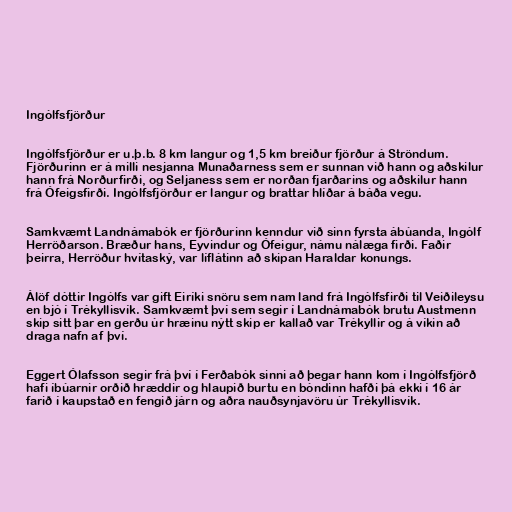
Ingólfsfjörður

Ingólfsfjörður er u.þ.b. 8 km langur og 1,5 km breiður fjörður á Ströndum.
Fjörðurinn er á milli nesjanna Munaðarness sem er sunnan við hann og aðskilur
hann frá Norðurfirði, og Seljaness sem er norðan fjarðarins og aðskilur hann
frá Ófeigsfirði. Ingólfsfjörður er langur og brattar hlíðar á báða vegu.

Samkvæmt Landnámabók er fjörðurinn kenndur við sinn fyrsta ábúanda, Ingólf
Herröðarson. Bræður hans, Eyvindur og Ófeigur, námu nálæga firði. Faðir
þeirra, Herröður hvítaský, var líflátinn að skipan Haraldar konungs.

Álöf dóttir Ingólfs var gift Eiríki snöru sem nam land frá Ingólfsfirði til Veiðileysu
en bjó í Trékyllisvík. Samkvæmt því sem segir í Landnámabók brutu Austmenn
skip sitt þar en gerðu úr hræinu nýtt skip er kallað var Trékyllir og á víkin að
draga nafn af því.

Eggert Ólafsson segir frá því í Ferðabók sinni að þegar hann kom í Ingólfsfjörð
hafi íbúarnir orðið hræddir og hlaupið burtu en bóndinn hafði þá ekki í 16 ár
farið í kaupstað en fengið járn og aðra nauðsynjavöru úr Trékyllisvík.